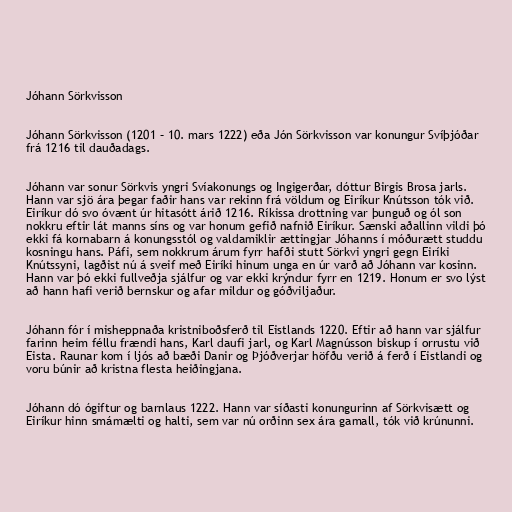
Jóhann Sörkvisson

Jóhann Sörkvisson (1201 – 10. mars 1222) eða Jón Sörkvisson var konungur Svíþjóðar
frá 1216 til dauðadags.

Jóhann var sonur Sörkvis yngri Svíakonungs og Ingigerðar, dóttur Birgis Brosa jarls.
Hann var sjö ára þegar faðir hans var rekinn frá völdum og Eiríkur Knútsson tók við.
Eiríkur dó svo óvænt úr hitasótt árið 1216. Ríkissa drottning var þunguð og ól son
nokkru eftir lát manns síns og var honum gefið nafnið Eiríkur. Sænski aðallinn vildi þó
ekki fá kornabarn á konungsstól og valdamiklir ættingjar Jóhanns í móðurætt studdu
kosningu hans. Páfi, sem nokkrum árum fyrr hafði stutt Sörkvi yngri gegn Eiríki
Knútssyni, lagðist nú á sveif með Eiríki hinum unga en úr varð að Jóhann var kosinn.
Hann var þó ekki fullveðja sjálfur og var ekki krýndur fyrr en 1219. Honum er svo lýst
að hann hafi verið bernskur og afar mildur og góðviljaður.

Jóhann fór í misheppnaða kristniboðsferð til Eistlands 1220. Eftir að hann var sjálfur
farinn heim féllu frændi hans, Karl daufi jarl, og Karl Magnússon biskup í orrustu við
Eista. Raunar kom í ljós að bæði Danir og Þjóðverjar höfðu verið á ferð í Eistlandi og
voru búnir að kristna flesta heiðingjana.

Jóhann dó ógiftur og barnlaus 1222. Hann var síðasti konungurinn af Sörkvisætt og
Eiríkur hinn smámælti og halti, sem var nú orðinn sex ára gamall, tók við krúnunni.